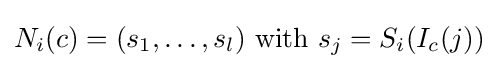
N_{i}(c)=(s_{1},\ldots ,s_{l}){\text{ with }}s_{j}=S_{i}(I_{c}(j))